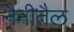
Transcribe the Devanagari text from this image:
नैनीतैल